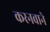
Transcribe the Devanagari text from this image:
करनवाने